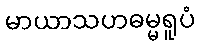
မာယာသဟဓမ္မရူပံ